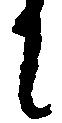
に